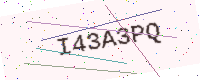
Text: I43A3PQ